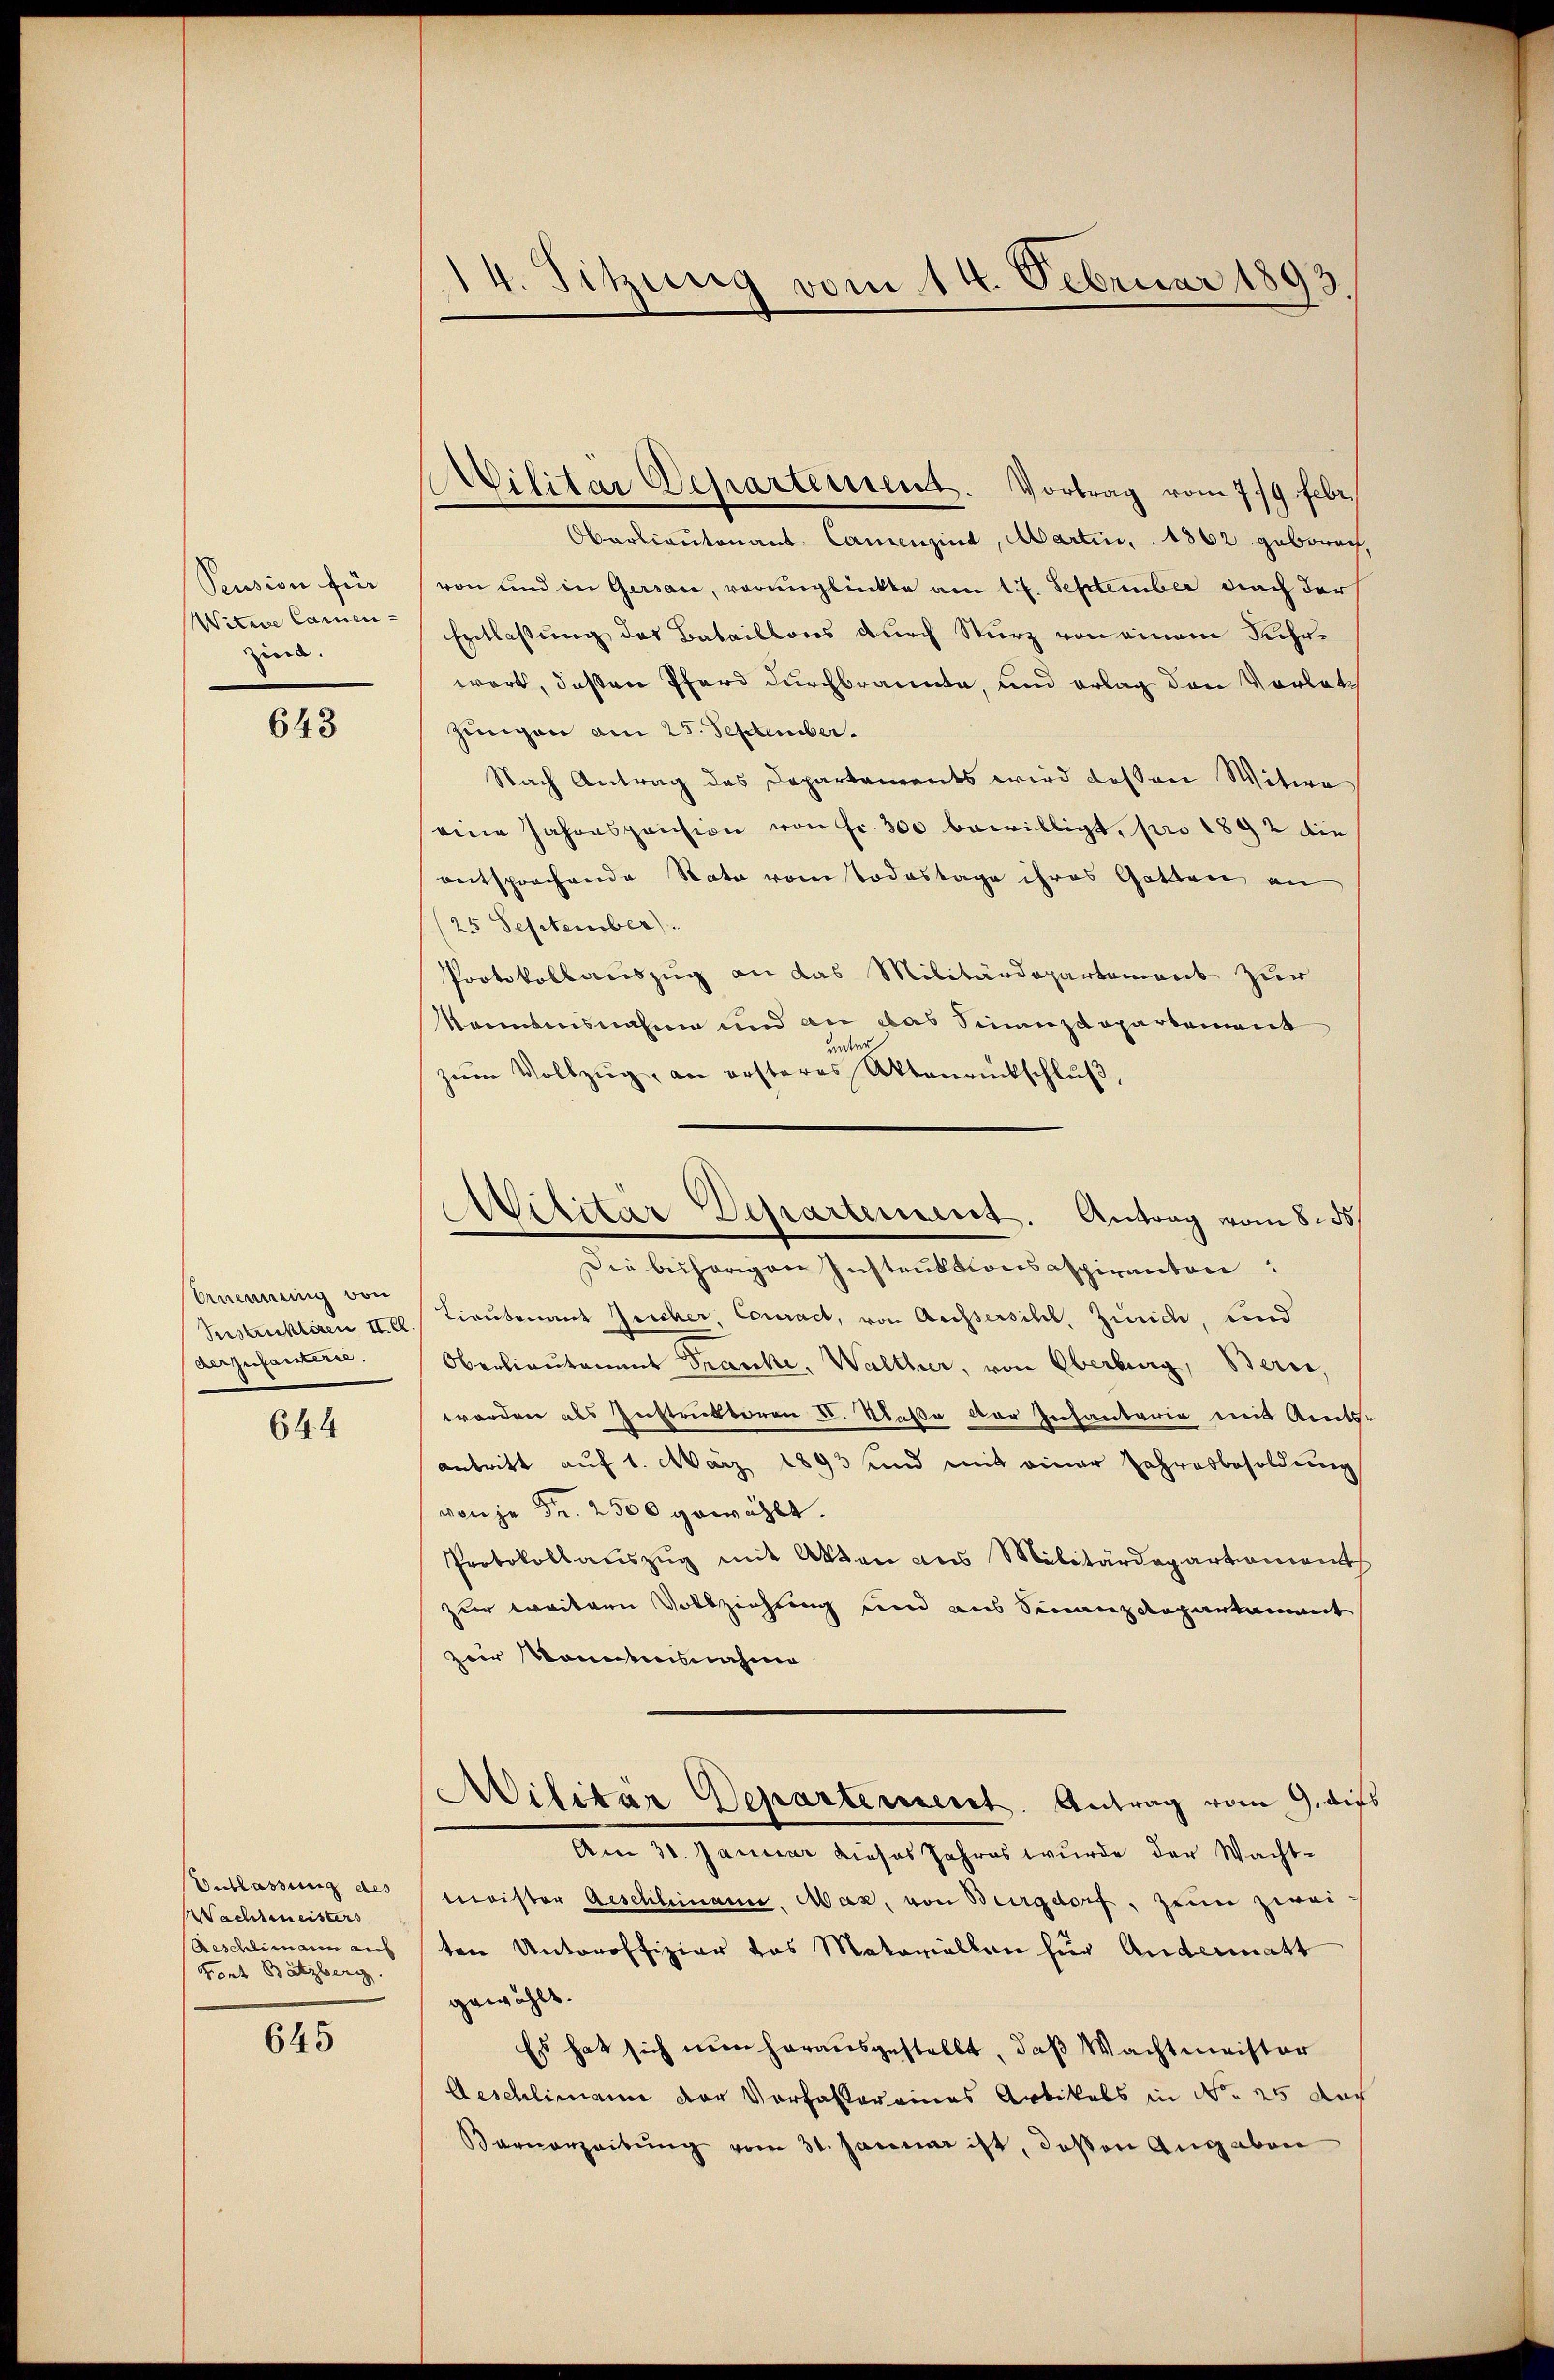
Pension für
Witwe Camen-
zin.

643

Ernennung von
Seestruktiven II. Cl.
derzufantern.

644

Entlassung des
Wachtmeisters
Aeschlimann auf
vent Batzberg.

645

14. Sitzung vom 14. Februar 1893.

Militär Departement. Vortrag vom 719. Febr.

Obarlieutenant Camenzind, Martin, 1862 gebrach,
von und in Gersau, verunglükte am 17. September nach der
Entlassung des Bataillons durch Sturz von einem Fahrwort, deßen Pferd durchbrannte, und erlag den Vorlat
Zungen am 25. September.
Nach Antrag des Departements wird dessen Witwe
eine Jahrespension von Fr. 300 bewilligt, pro 1892 die
entsprochende Rata vom Todestage ihres Gotten an
25 September).
Protokollauszug an das Militärdepartement zur
Nantensnahme und an das Sinanzdepartement
unter
zum Vollzug, an ersteres Aktenrückschluß,
Die behörigen Instruktionsaspiranton
Lieutenant Zeicher, Couract, von Aussersihl, Zürich, und
Oberlieutenant Franke, Walther, von Oberburg, Bern,
worden als Instruktoren I. Straße der Infanterie mit Amts-
antritt auf 1. März 1893 und mit einer Jahresbesoldung
von je Fr. 2500 gewählt.
Protokollauszug mit Akten aus Militärdepartament
zur weitern Vollziehung und aus Finanzdepartament
zir konntesnahme
Militär Departement. Antrag vom 9. dies
Am 31. Januar dieses Jahres wurde der Wachtmeister Aeschleinan. Max, von Burgdorf, zum zwei
ten Unteroffizier das Matoriallen für Andermatt
gewählt.
Es hat sich nun herausgestellt, daß Wachtmeister
Aeschlimann der Vorfassereines Artikels in No 25 dur
Barverzeitŭng vom 31. Januar ist, deßen Angaben

Militar Departement. Antrag vom 8. ds